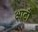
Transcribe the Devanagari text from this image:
आटौ